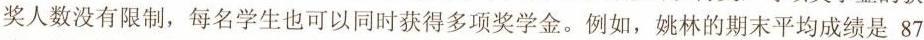
奖人数没有限制，每名学生也可以同时获得多项奖学金。例如，姚林的期末平均成绩是87